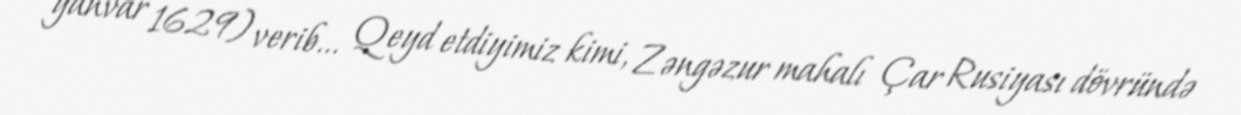
yanvar 1629) verib... Qeyd etdiyimiz kimi, Zəngəzur mahalı Çar Rusiyası dövründə